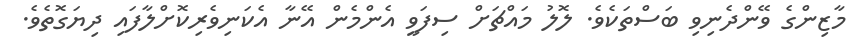
މާޒިންގެ ވޭންދެނިވި ބަސްތަކެވެ. ލޮލު މައްޗަށް ސިފަވީ އެންމެން އޭނާ އެކަނިވެރިކޮށްލާފައި ދިޔަގޮތެވެ.